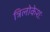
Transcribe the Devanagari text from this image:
त्रिलोकेशः